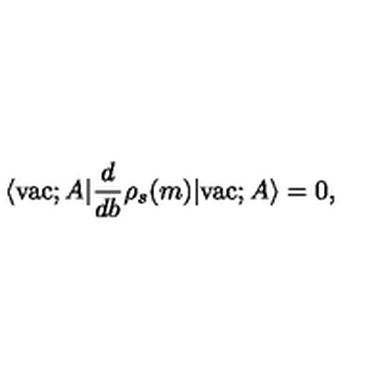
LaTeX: \langle \mathrm { v a c } ; A | \frac { d } { d b } \rho _ { s } ( m ) | \mathrm { v a c } ; A \rangle = 0 ,